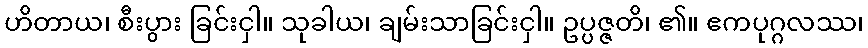
ဟိတာယ၊ စီးပွား ခြင်းငှါ။ သုခါယ၊ ချမ်းသာခြင်းငှါ။ ဥပ္ပဇ္ဇတိ၊ ၏။ ဧကပုဂ္ဂလဿ၊